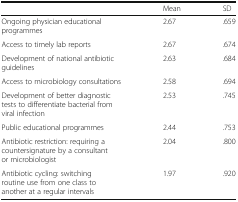
|  | Mean | SD |
 | --- | --- | --- |
 | Ongoing physician educational programmes | 2.67 | .659 |
 | Access to timely lab reports | 2.67 | .674 |
 | Development of national antibiotic guidelines | 2.63 | .684 |
 | Access to microbiology consultations | 2.58 | .694 |
 | Development of better diagnostic tests to differentiate bacterial from viral infection | 2.53 | .745 |
 | Public educational programmes | 2.44 | .753 |
 | Antibiotic restriction: requiring a countersignature by a consultant or microbiologist | 2.04 | .800 |
 | Antibiotic cycling: switching routine use from one class to another at a regular intervals | 1.97 | .920 |